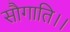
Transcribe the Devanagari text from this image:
सौगाति।।